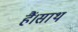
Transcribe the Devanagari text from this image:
हैं।साथ